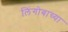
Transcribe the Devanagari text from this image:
लिंगोबाच्या